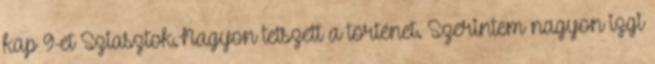
kap 9-et Sziasztok.Nagyon tetszett a történet. Szerintem nagyon izgi